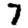
Digit: 7